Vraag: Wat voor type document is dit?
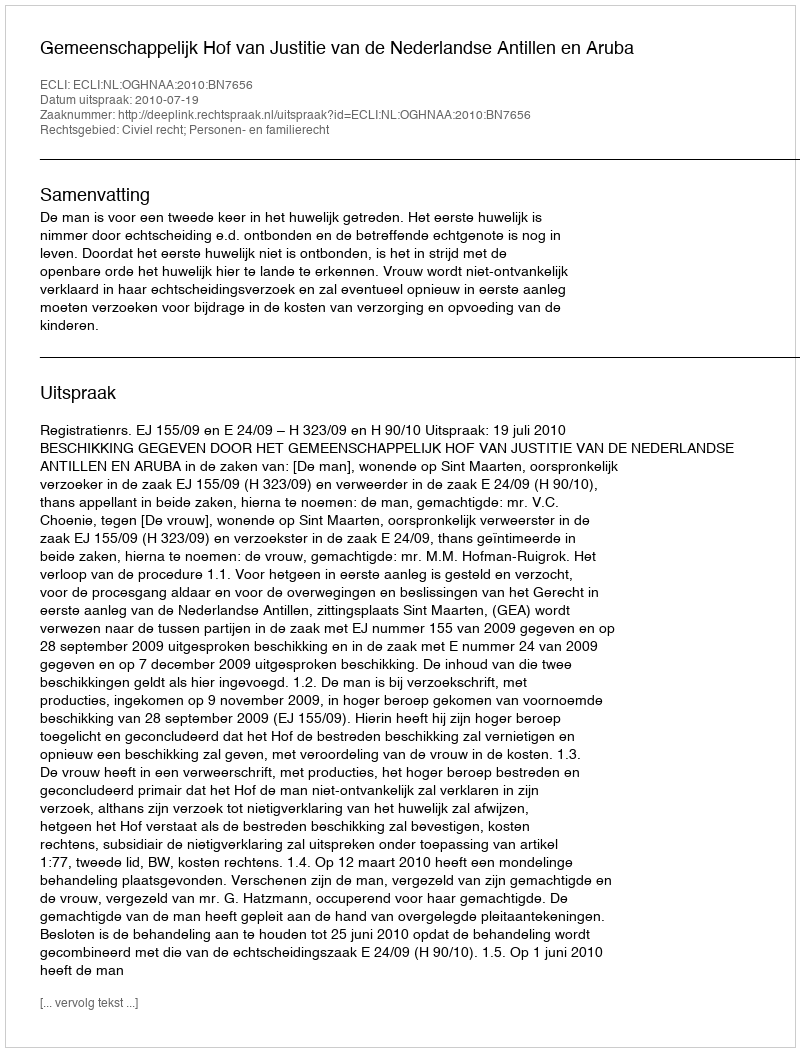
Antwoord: Uitspraak